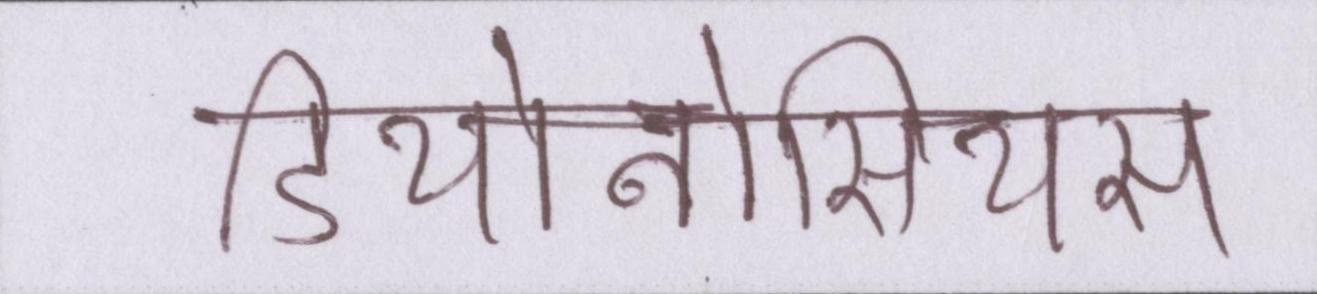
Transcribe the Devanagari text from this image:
डियोनोसियस